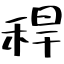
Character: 稈